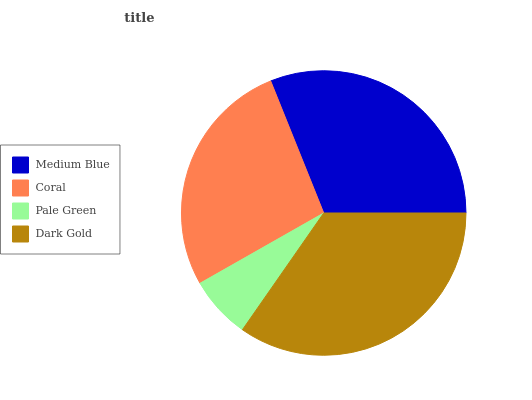
| Medium Blue | Coral | Pale Green | Dark Gold |
 | --- | --- | --- | --- |
 | 31% | 27.2% | 7.1% | 34.7% |